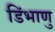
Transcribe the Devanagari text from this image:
डिंभाणु